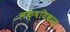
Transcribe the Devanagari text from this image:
लक्षयिकरण